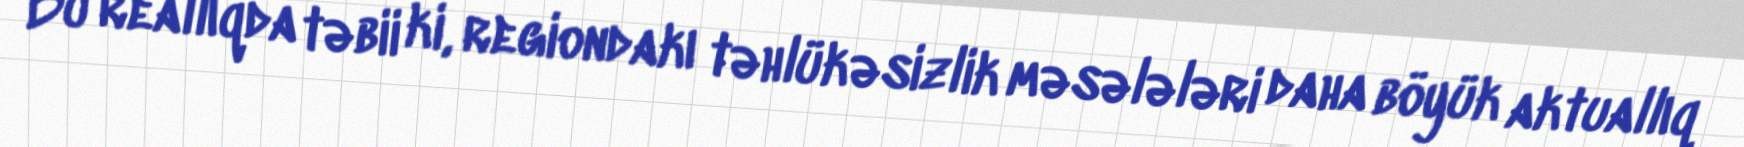
Bu reallıqda təbii ki, regiondakı təhlükəsizlik məsələləri daha böyük aktuallıq